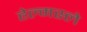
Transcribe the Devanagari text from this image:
हेल्मस्ले